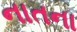
નાતના